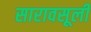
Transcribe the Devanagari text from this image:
सारावसूली